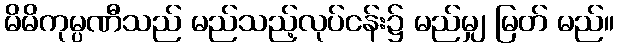
မိမိကုမ္ပဏီသည် မည်သည့်လုပ်ငန်း၌ မည်မျှ မြတ် မည်။